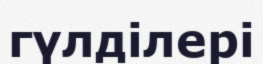
гүлділері